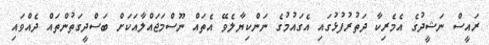
ރައީސް ނަޝީދުގެ އެމެރިކާ ދަތުރުފުޅުގައި އެގައުމުގެ ނަންކިޔާލެވޭ އެތައް ނޫސްމަޖައްލާއަކަށް ބަސްދީގަތުންތައް ދެއްވައި